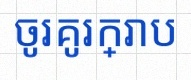
ចូរគូរក្រាប